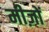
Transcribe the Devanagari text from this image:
मीज़ों